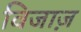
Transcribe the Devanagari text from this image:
विजाज़